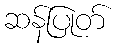
ဆန်ပြုတ်